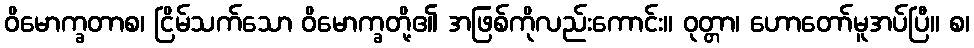
ဝိမောက္ခတာစ၊ ငြိမ်သက်သော ဝိမောက္ခတို့၏ အဖြစ်ကိုလည်းကောင်း။ ဝုတ္တာ၊ ဟောတော်မူအပ်ပြီ။ စ၊